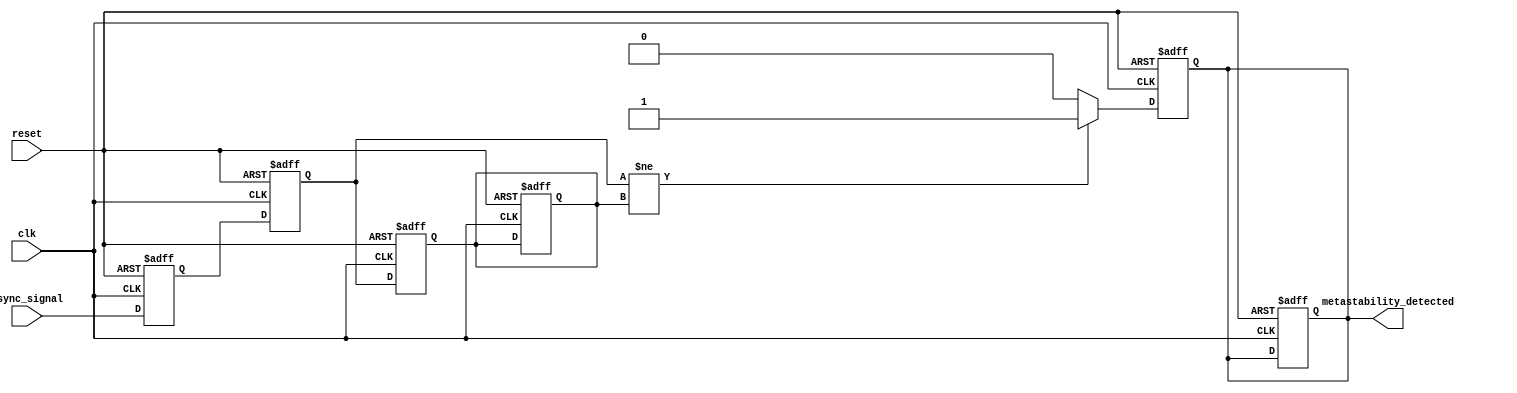
module metastability_detector (
    input wire clk,               // Sampling clock
    input wire async_signal,      // Asynchronous input signal
    input wire reset,             // Reset signal
    output reg metastability_detected // Output signal indicating metastability
);

    // Internal signals
    reg ff1_out;                 // Output of the first D flip-flop
    reg ff2_out;                 // Output of the second D flip-flop
    reg ff2_out_prev;            // Previous output of the second D flip-flop

    // D Flip-Flops for sampling the asynchronous signal
    always @(posedge clk or posedge reset) begin
        if (reset) begin
            ff1_out <= 1'b0;
            ff2_out <= 1'b0;
            ff2_out_prev <= 1'b0;
            metastability_detected <= 1'b0;
        end else begin
            ff1_out <= async_signal; // Sample the asynchronous signal
            ff2_out <= ff1_out;      // Sample the output of the first flip-flop
        end
    end

    // Pulse generation logic
    always @(posedge clk or posedge reset) begin
        if (reset) begin
            ff2_out_prev <= 1'b0;
            metastability_detected <= 1'b0;
        end else begin
            // Detect change in the output of the second flip-flop
            if (ff2_out != ff2_out_prev) begin
                metastability_detected <= 1'b1; // Indicate metastability detected
            end else begin
                metastability_detected <= 1'b0; // Clear the detection signal
            end
            ff2_out_prev <= ff2_out; // Update previous output
        end
    end

endmodule